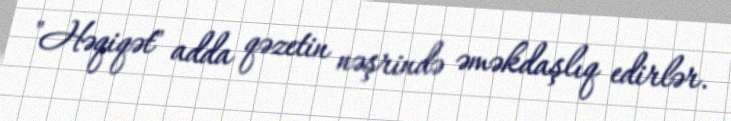
"Həqiqət" adda qəzetin nəşrində əməkdaşlıq edirlər.